system: You are a helpful assistant.
user:
Analyze the provided spectrum to determine if it is a **White Dwarf (WD)**.

A White Dwarf spectrum is defined by its **extreme purity** (due to gravitational settling) and/or **extreme pressure broadening** (due to high surface gravity). You must check for one of the following mutually exclusive signatures:

- **Key Visual Indicators (Check for ONE of these types):**

    - **1. DA-Type Signature (Most Common):**
        - **(Primary Feature):** Extreme pressure broadening (Stark broadening) of the **Hydrogen (H) Balmer lines**.
        - **(Key Lines):** $H\beta$ (approx. $4861$ Å) and $H\gamma$ (approx. $4340$ Å). $H\alpha$ (approx. $6563$ Å) will also be present if the wavelength range covers it.
        - **(Line Profile):** This is the **defining feature**. The lines are **NOT** sharp. They appear as massive, **extremely broad and deep "troughs" or "dips"** in the spectrum, often hundreds of Ångströms wide. The continuum will appear to "scoop" down at these wavelengths.
        - **(Distinction):** Normal A-type or B-type stars have *narrow* and *sharp* Hydrogen lines. A DA White Dwarf's lines are unmistakably "smeared" or "blurry" from pressure.

    - **2. DB-Type Signature:**
        - **(Primary Feature):** Broad absorption lines from **Neutral Helium (He I)**. The spectrum must lack any visible Hydrogen lines.
        - **(Key Lines):** Look for broad absorption near $4471$ Å, $4921$ Å, and $5876$ Å.
        - **(Line Profile):** These lines are also significantly pressure-broadened, appearing much wider than they would in a normal B-type main-sequence star.

    - **3. DC-Type Signature:**
        - **(Primary Feature):** A **featureless continuous spectrum**.
        - **(Line Profile):** The spectrum is a smooth curve with **no significant absorption or emission lines**.
        - **(Key Confirmation):** The continuum is almost always **blue or white**, indicating a hot object. This signature implies the atmosphere is so pure (or so cool) that no spectral lines are visible in the optical range. Its WD identity is confirmed by its extremely low intrinsic brightness (high absolute magnitude).

    - **4. DZ-Type Signature (Metal-Polluted):**
        - **(Primary Feature):** **Isolated, narrow metal absorption lines** on an otherwise featureless (DC-like) continuum.
        - **(Key Lines):** The **Calcium (Ca II) H & K doublet** (approx. **$3934$ Å** and **$3968$ Å**) is the most common and defining feature.
        - **(Line Profile):** These lines are "out of place." They are *not* part of a "forest" of thousands of lines. This signature is evidence of recent *accretion* (pollution) from rocky debris.
        - **(Distinction):** Normal G/K/M stars have a *dense forest* of thousands of metal lines. A DZ has a *clean* continuum with *only a few* strong metal lines.

    - **5. DQ-Type Signature (Carbon-Polluted):**
        - **(Primary Feature):** Absorption bands from **Carbon (C₂ "Swan Bands" or atomic C I)**.
        - **(Key Lines - C₂):** Look for bandheads with a "saw-tooth" shape near $5635$ Å, **$5165$ Å** (strongest), and $4737$ Å.
        - **(Key Confirmation):** The underlying **continuum must be blue or white** (hot).
        - **(Distinction):** This is the critical difference from a **Carbon Star**, which has the *exact same* C₂ bands but on an extremely **red, cool** continuum.

- **(Overall Spectrum):**
    - The continuum (overall shape) is typically **blue-sloping** (brighter in the blue than the red), as most white dwarfs are very hot.
    - The spectrum will look "pure" or "simple," dominated by only *one* of the five signatures listed above.

Think first, call **spectral_visualization_tool** if needed to examine features in detail, then provide your final answer. Your response must adhere to the following strict rules:
1.  **Overall Structure:** Your response must follow the format `<think>...</think> <tool_call>...</tool_call> (if a tool is used) <answer>...</answer>`.
2.  **Tool Usage Constraint:** You may only make **one** tool call per turn.
3.  **Final Answer Format:** In the `<answer>` tag, your conclusion must be inside a `\boxed{}` command (e.g., `\boxed{YES}` or `\boxed{NO}`), followed by your justification.

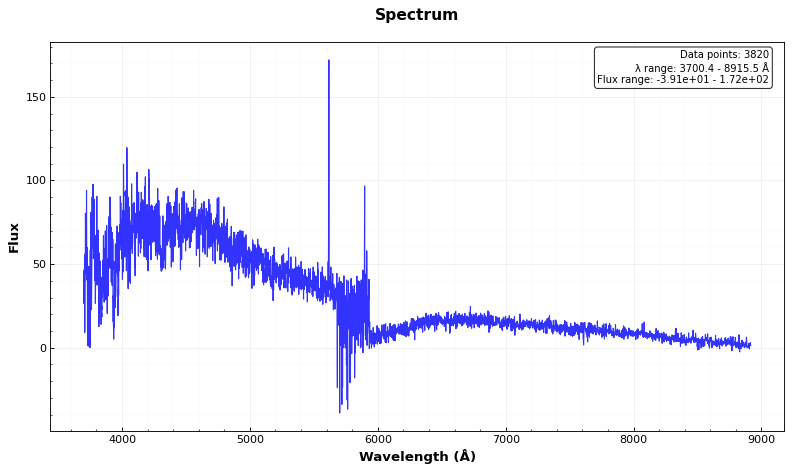
Answer: NO